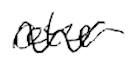
Text: other
Cross-out: wave
Writing tool: digital_black